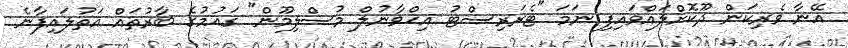
އޭނާ ވެރިކަން ދޫކޮށްލައްވައިފި ނަމަ "ޓެރަރިސްޓު އިޚްވާނުލް މުސްލިމޫން" ގައުމުގެ ބާރުތައް އަތުލައިފާނެ